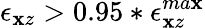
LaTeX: \epsilon_{\mathbf{x}z}>0.95*\epsilon_{\mathbf{x}z}^{ma\mathbf{x}}